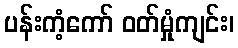
ပန်းကံ့ကော် ဝတ်မှုံကျင်း၊